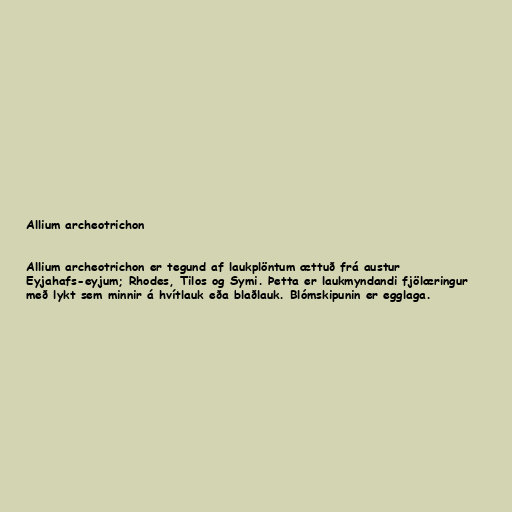
Allium archeotrichon

Allium archeotrichon er tegund af laukplöntum ættuð frá austur
Eyjahafs-eyjum; Rhodes, Tilos og Symi. Þetta er laukmyndandi fjölæringur
með lykt sem minnir á hvítlauk eða blaðlauk. Blómskipunin er egglaga.